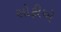
સોફીએ